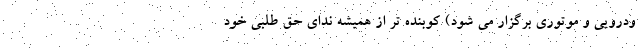
ودرویی و موتوری برگزار می شود) کوبنده تر از همیشه ندای حق طلبی خود